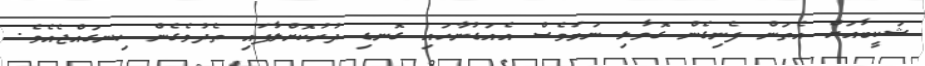
ޝަކީބާއަށް އެތަން ފެނިގެން ގޮވާލި ނަމަވެސް އެއަޑުނާހައި ގޮނޑި ދުރުކޮށްލާފައި ތެދުވެގެން ހިނގައްޖެއެވެ.